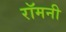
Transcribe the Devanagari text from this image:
रॉमनी